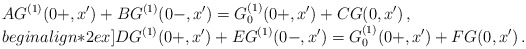
\begin{align*}\begin{array}{l}\displaystyle AG^{(1)}(0+,x')+BG^{(1)}(0-,x')=G^{(1)}_0(0+,x')+CG(0,x')\,,\\begin{align*}2ex]\displaystyle DG^{(1)}(0+,x')+EG^{(1)}(0-,x')=G^{(1)}_0(0+,x')+FG(0,x')\,.\end{array}\end{align*}